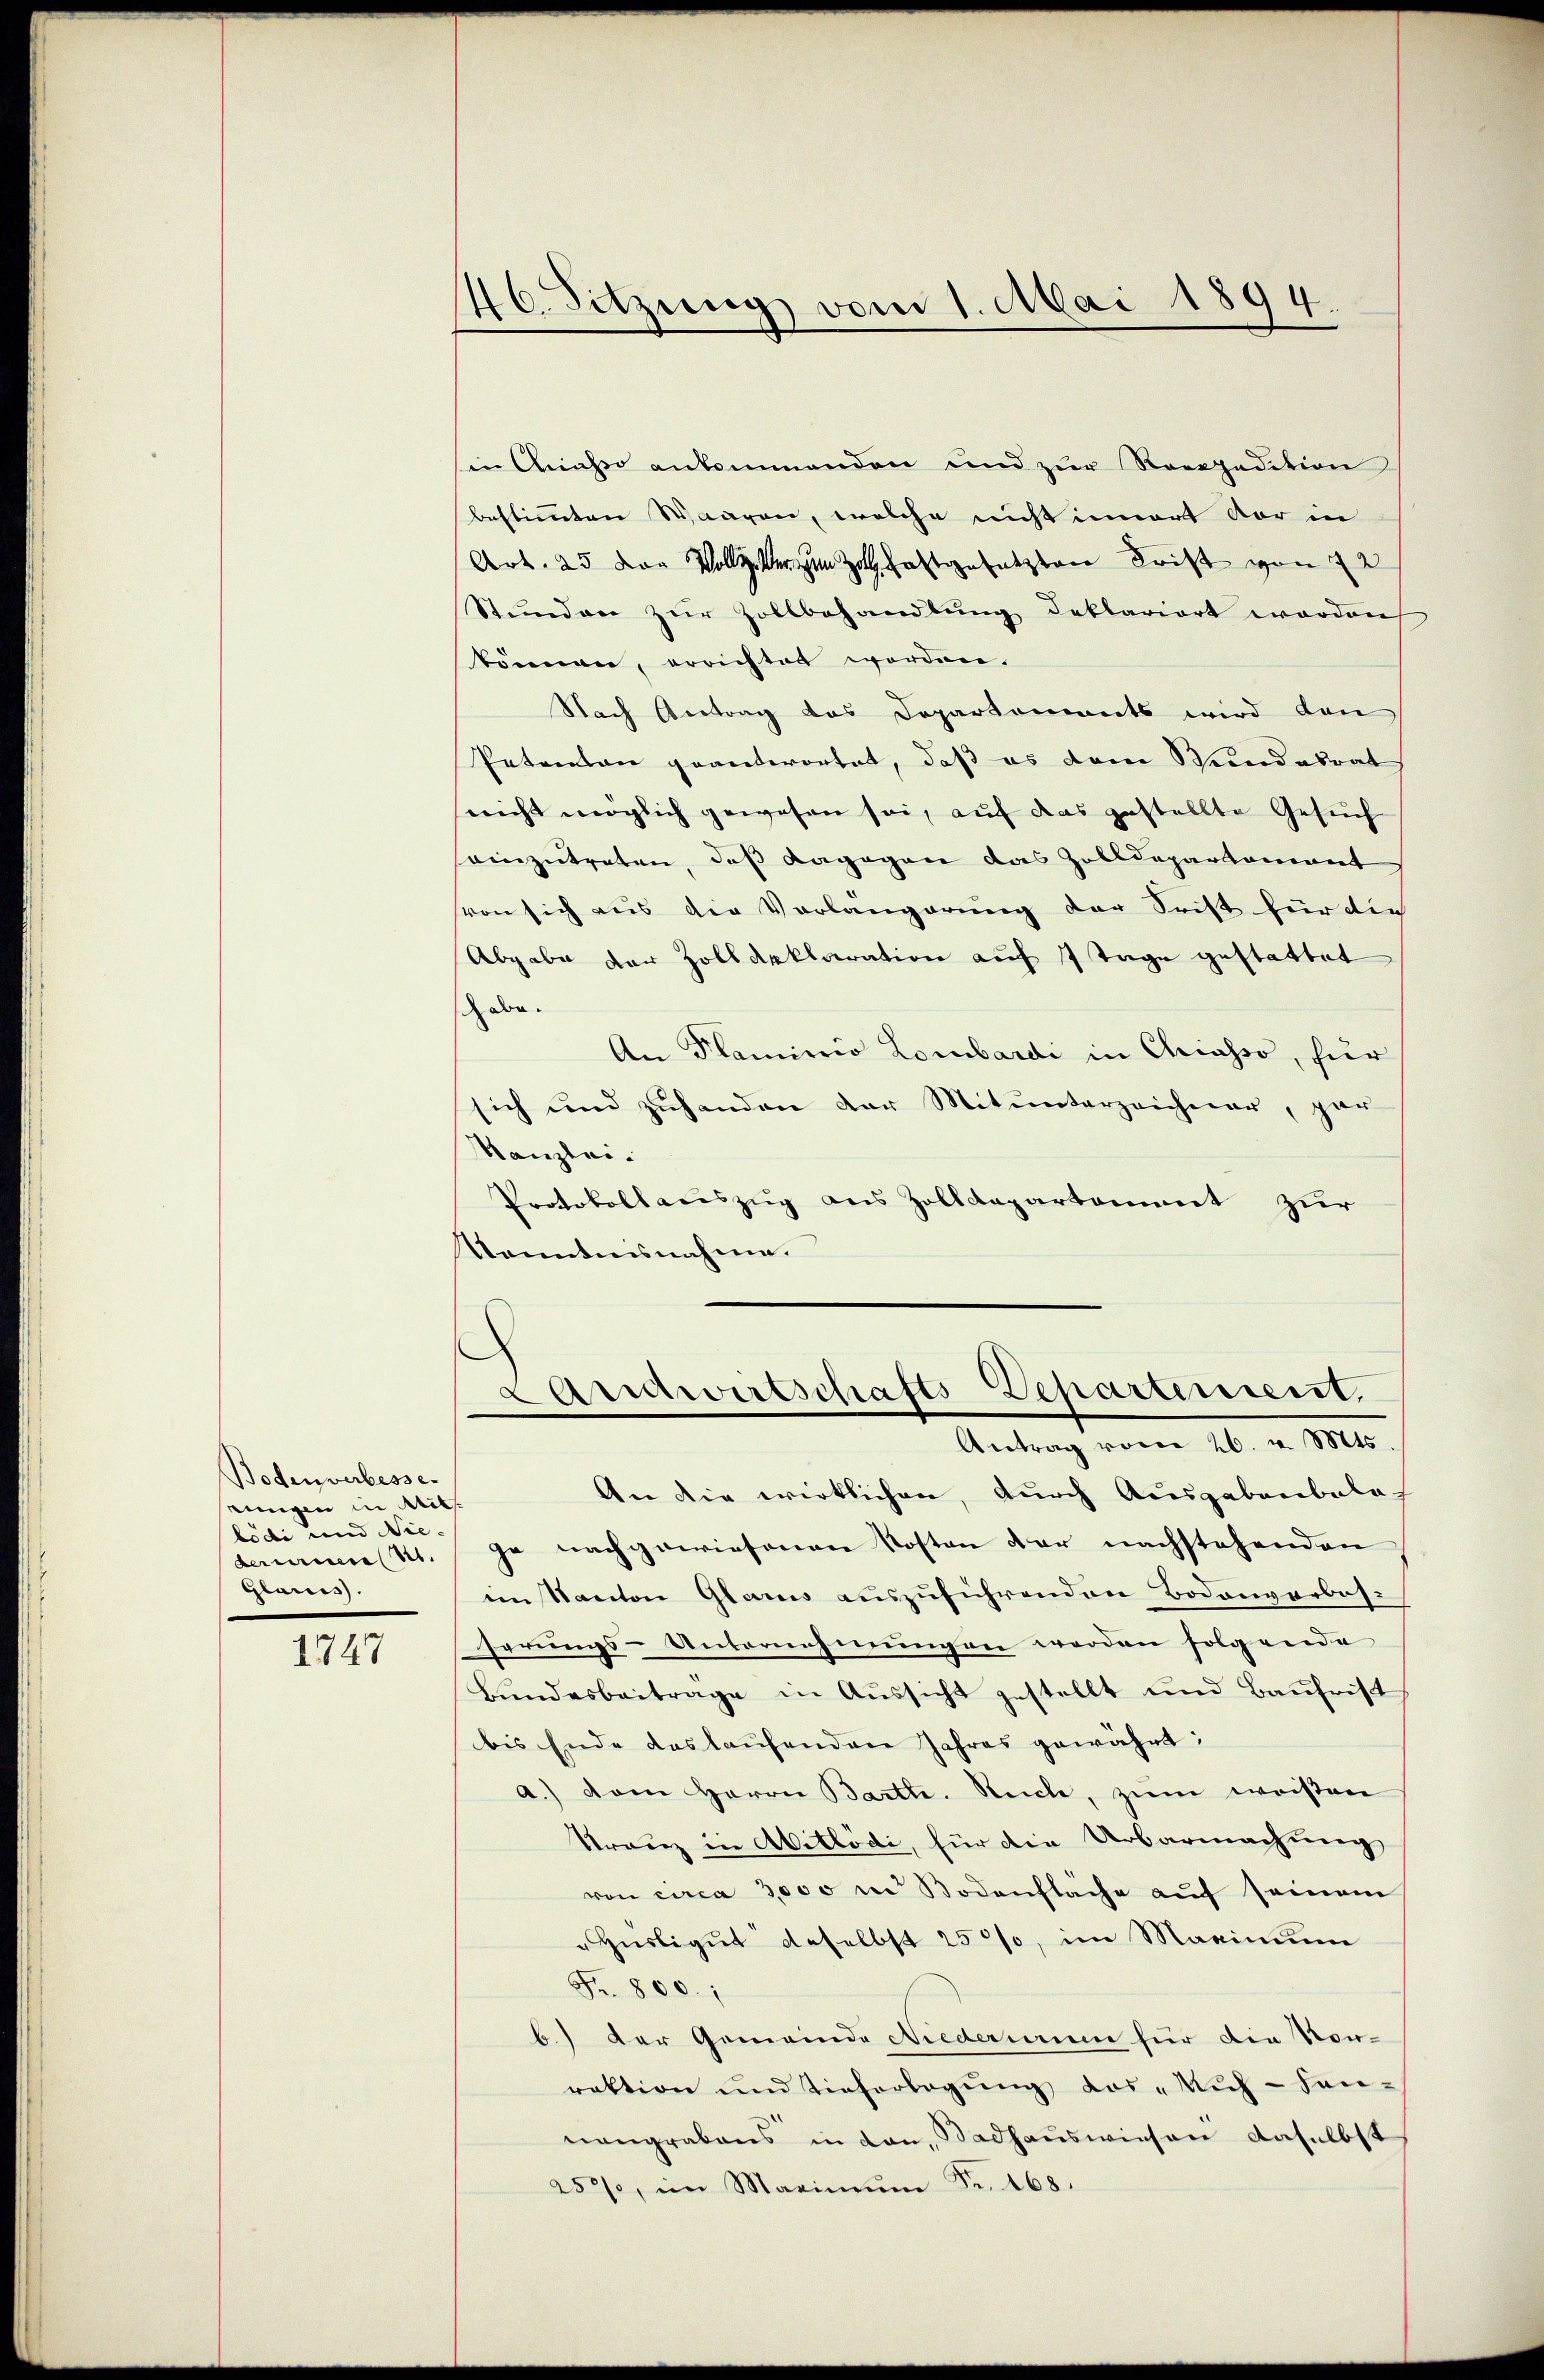
Bodenverbesse-
einigen Mit
bödi und Nie-
deriren St.
Glarus.

1747

46. Sitzung vom 1. Mai 1894.

in Chasso ankommenden und zur Rreppedition
bestimmten Waaren, welche nicht innert der in
Art. 25 der Vorstgesetzten Frist von 22
Stunden zur Zollbehandlung deklariert werden
können, errichtet worden.
Nach Antrag des Departements wird den
Petentane geanterortet, daß es dem Stundesrat
snicht möglich gewesen sei, auf das gestellte Gesuch
einzutreten, daß dagegen das Zolldepartament
von sich aus die Vorlangerung der Frist für die
Abgabe der Zollarklaration auf 7 Tage gestattet
schabe.
An Plaminio Lombardi in Chiasso, für
sich und zuhanden der Mitunterzeichner, gar
Kanzlei.
Protokollauszug aus Zolldepartement zur
Kenntnisnahme.
Lamtwirtschafts-Departement,
Antrag vom 26. v. Mts.
An die wirklichen, durch Ausgabenbalo
ge nachgewiesenen Kosten der nachstehenden
im Kanton Glarus auszuführenden Bodenverbos-
serungs-Unternehmungen werden folgende
Bŭndesbeitrage in Aussicht gestellt und Baufrist
bis Ende des laufenden Jahres gewährt;
a.) vom Herrn Bartl. Reche, zum weißen
Tranz in Aitlödi, für die Urbarmachung
von circa 3,000 m Bodenfläche aŭf seinem
"Hiesligŭt daselbst 250%, im Maximŭm
Fr. 800.;
b.) Der Gemeinde Niederum für die Vor-
raktion und Tieferlegung das „Rich- Sannengrabens in den Badhauswiesen daselbst
250%, im Maximŭm Fr. 168.